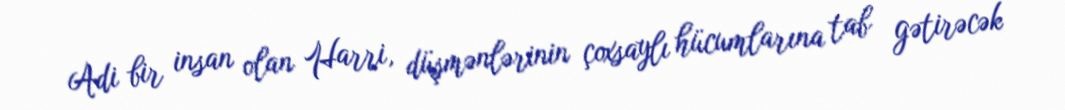
Adi bir insan olan Harri, düşmənlərinin çoxsaylı hücumlarına tab gətirəcək